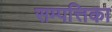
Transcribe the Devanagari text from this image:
सम्पत्तिका